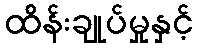
ထိန်းချုပ်မှုနှင့်